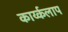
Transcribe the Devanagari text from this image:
कार्य्कलाप